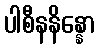
ပါစီနနိန္နော